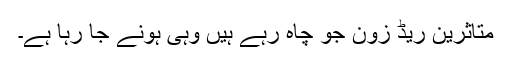
متاثرین ریڈ زون جو چاہ رہے ہیں وہی ہونے جا رہا ہے۔